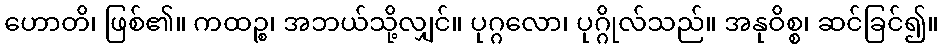
ဟောတိ၊ ဖြစ်၏။ ကထဉ္စ၊ အဘယ်သို့လျှင်။ ပုဂ္ဂလော၊ ပုဂ္ဂိုလ်သည်။ အနုဝိစ္စ၊ ဆင်ခြင်၍။